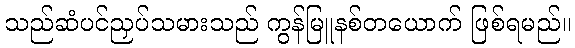
သည်ဆံပင်ညှပ်သမားသည် ကွန်မြူနစ်တယောက် ဖြစ်ရမည်။